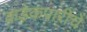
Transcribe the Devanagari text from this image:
कडेकपारींचे